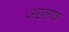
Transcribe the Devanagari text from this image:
अख्लाक